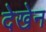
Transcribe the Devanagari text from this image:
देखेन